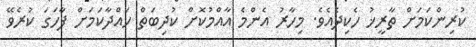
ކުރިންކަމަށް ތާރީޚު ހެކިދެއެވެ. މިހާރު އެންމެ އާއްމުކޮށް ކުދިބަތް ހައްދާކަމަށް ފާހަގަ ކުރެވޭ